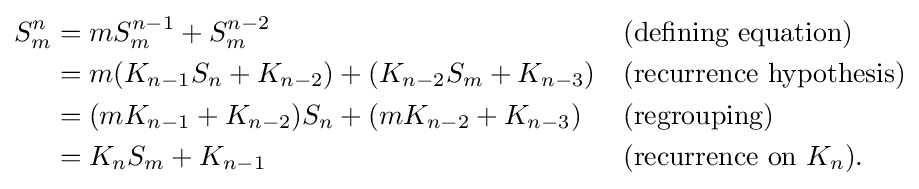
{\begin{aligned}S_{m}^{n}&=mS_{m}^{n-1}+S_{m}^{n-2}&&{\text{(defining equation)}}\\&=m(K_{n-1}S_{n}+K_{n-2})+(K_{n-2}S_{m}+K_{n-3})&&{\text{(recurrence hypothesis)}}\\&=(mK_{n-1}+K_{n-2})S_{n}+(mK_{n-2}+K_{n-3})&&{\text{(regrouping)}}\\&=K_{n}S_{m}+K_{n-1}&&{\text{(recurrence on }}K_{n}).\end{aligned}}